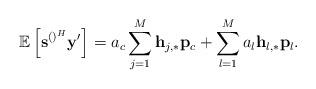
LaTeX: \begin{align*} \mathbb{E}\left[\mathbf{s}^{\left(\right)^H}\mathbf{y}'\right]=a_c\sum_{j=1}^{M}\mathbf{h}_{j,*}\mathbf{p}_c+\sum_{l=1}^M a_l \mathbf{h}_{l,*}\mathbf{p}_l.\end{align*}